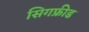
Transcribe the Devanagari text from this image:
सिगफ्रीड